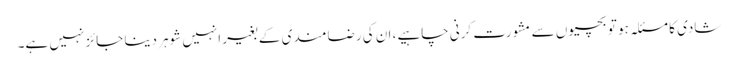
شادی کا مسئلہ ہو تو بچیوں سے مشورت کرنی چاہیے، ان کی رضامندی کے بغیر انہیں شوہر دینا جائز نہیں ہے۔